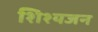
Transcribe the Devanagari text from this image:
शिश्यजन